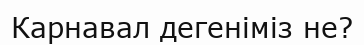
Карнавал дегеніміз не?